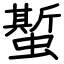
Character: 蟴